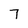
Character: 7